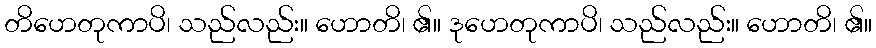
တိဟေတုကာပိ၊ သည်လည်း။ ဟောတိ၊ ၏။ ဒုဟေတုကာပိ၊ သည်လည်း။ ဟောတိ၊ ၏။